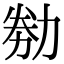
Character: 𠡶